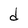
Character: d